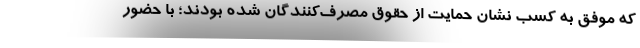
که موفق به کسب نشان حمایت از حقوق مصرف‌کنندگان شده بودند؛ با حضور